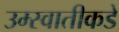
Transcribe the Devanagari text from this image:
उम्स्वातीकडे